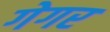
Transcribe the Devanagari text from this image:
गेगर